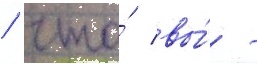
/ что́ вы́ -